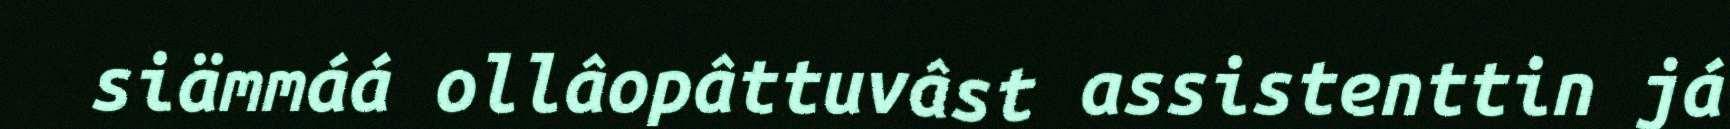
siämmáá ollâopâttuvâst assistenttin já